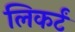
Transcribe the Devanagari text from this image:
लिकर्टं